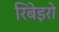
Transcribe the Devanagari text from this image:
रिबेइरो